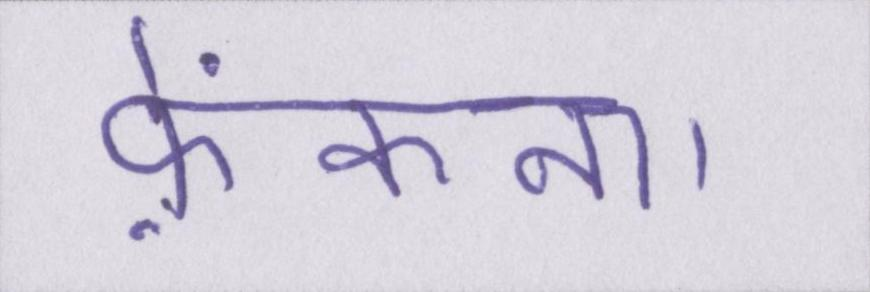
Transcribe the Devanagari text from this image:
फ़ेंकना।